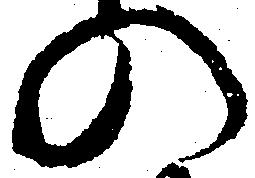
の